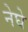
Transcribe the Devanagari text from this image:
नेघे